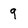
Character: q